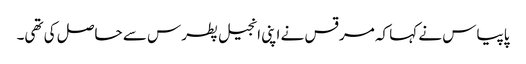
پاپیاس نے کہا کہ مرقس نے اپنی انجیل پطرس سے حاصل کی تھی۔